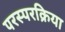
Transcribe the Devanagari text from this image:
परस्परक्रिया